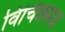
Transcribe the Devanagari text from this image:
विचित्रमत्र